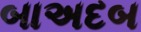
બાઅદબ